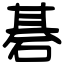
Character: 碁